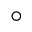
^ { \circ }